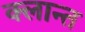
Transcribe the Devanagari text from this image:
क्लान्त